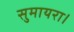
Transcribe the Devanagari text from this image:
सुमायरा।